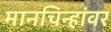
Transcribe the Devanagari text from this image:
मानचिन्हांवर